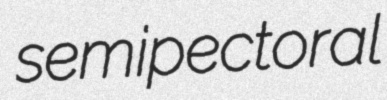
semipectoral